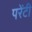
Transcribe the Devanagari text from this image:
परेंटी